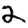
Digit: 2